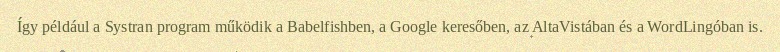
Így például a Systran program működik a Babelfishben, a Google keresőben, az AltaVistában és a WordLingóban is.